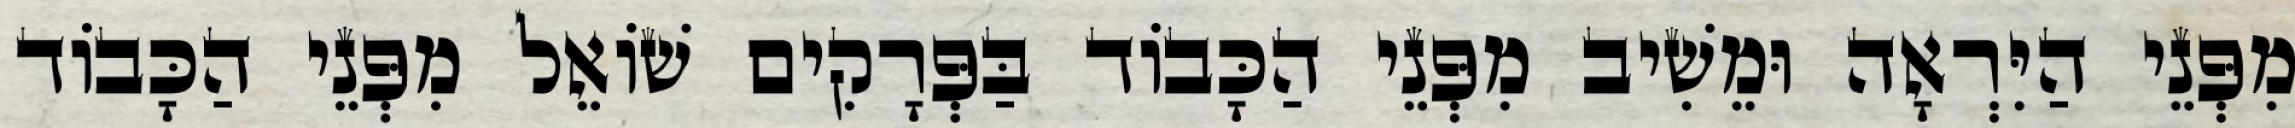
מִפְּנֵי הַיִּרְאָה וּמֵשִׁיב מִפְּנֵי הַכָּבוֹד בַּפְּרָקִים שׁוֹאֵל מִפְּנֵי הַכָּבוֹד